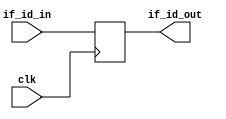
///////////////////////////This is pipelined register fetch and decode

module fetch_decode (
	clk, 
	if_id_in, 
	if_id_out  
	
);
input [31:0] if_id_in;
input clk;
output [31:0] if_id_out;

reg [31:0] if_id;


assign if_id_out = if_id;


always @(posedge clk ) begin : proc_
	
		if_id = if_id_in;
	
end


endmodule